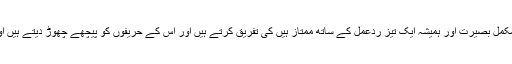
دیگر متعدد چین کے ایجنٹوں ، چیف جسٹس انتظامیہ ، جو مارکیٹ کی مکمل بصیرت اور ہمیشہ ایک تیز ردعمل کے ساتھ ممتاز ہیں کی تفریق کرتے ہیں اور اس کے حریفوں کو پیچھے چھوڑ دیتے ہیں اور ایجنٹ ڈراپ شیپنگ ایجنٹ کی ایک نئی شکل میں ترقی کر رہے ہیں۔